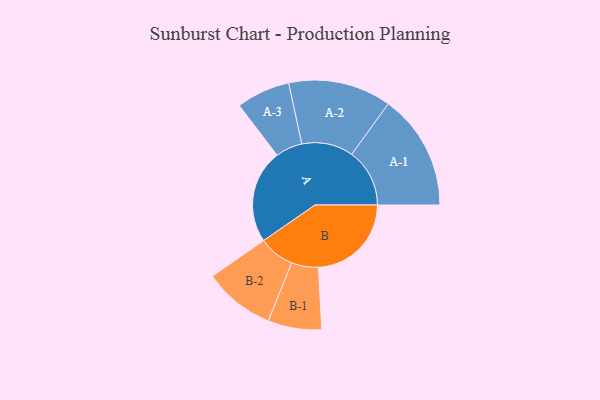
{"axis": {"x": "Segment", "y": "Value"}, "legend": ["", "A", "B"], "data": [{"x": "A", "y": 467, "type": ""}, {"x": "B", "y": 464, "type": ""}, {"x": "A-1", "y": 289, "type": "A"}, {"x": "A-2", "y": 257, "type": "A"}, {"x": "A-3", "y": 134, "type": "A"}, {"x": "B-1", "y": 134, "type": "B"}, {"x": "B-2", "y": 178, "type": "B"}]}